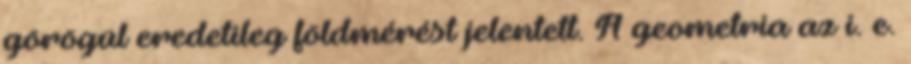
görögül eredetileg földmérést jelentett. A geometria az i. e.